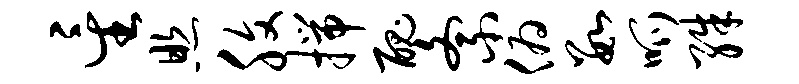
星照腹揣丑紊俯数呱殊